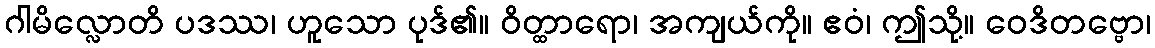
ဂါမိလ္လောတိ ပဒဿ၊ ဟူသော ပုဒ်၏။ ဝိတ္ထာရော၊ အကျယ်ကို။ ဧဝံ၊ ဤသို့။ ဝေဒိတဗ္ဗော၊